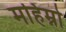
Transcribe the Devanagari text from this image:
महिम्नो